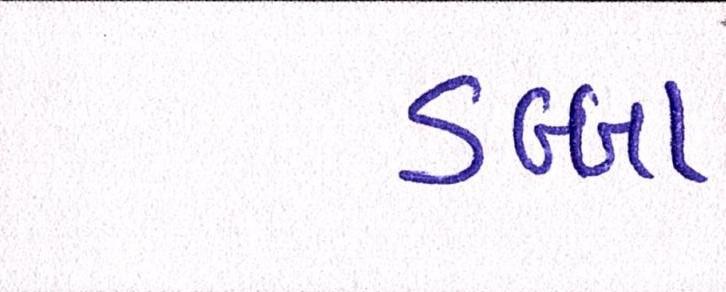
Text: ડબ્બા